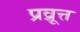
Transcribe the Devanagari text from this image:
प्रव्रूत्त